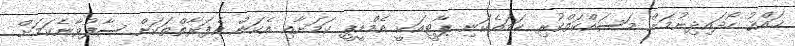
ޙައްޤު ހޯދައިދިނުމަށް މަސައްކަތްކުރި ހަމައެކަނި ޕާޓީއަކީ އެމްޑީޕީ ކަމަށާއި އެކަން އެފަރާތްތަކަށް ސާފުވާނެކަމަށް